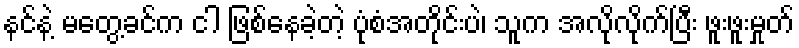
နင်နဲ့ မတွေ့ခင်က ငါ ဖြစ်နေခဲ့တဲ့ ပုံစံအတိုင်းပဲ၊ သူက အလိုလိုက်ပြီး ဖူးဖူးမှုတ်